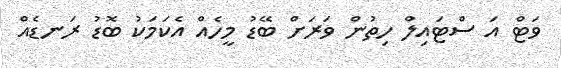
ވަޓް އަ ސްޓައިލް ހިތުން ވަރަށް ބޭޑު މީހެއް އެކަމަކު ބޮޑު ރަނޑެއް